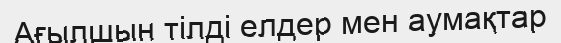
Ағылшын тілді елдер мен аумақтар